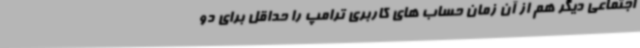
اجتماعی دیگر هم از آن زمان حساب های کاربری ترامپ را حداقل برای دو